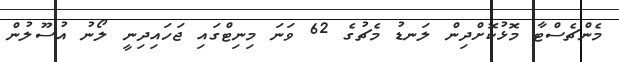
މެންޗެސްޓާ މޮޅުކޮށްދިން ލަނޑު މެޗުގެ 62 ވަނަ މިނިޓްގައި ޖަހައިދިނީ ލޯނު އުސޫލުން